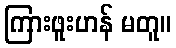
ကြားဖူးဟန် မတူ။